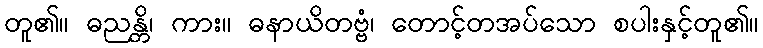
တူ၏။ ဓညန္တိ၊ ကား။ ဓနာယိတဗ္ဗံ၊ တောင့်တအပ်သော စပါးနှင့်တူ၏။